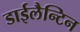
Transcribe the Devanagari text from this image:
डाईलैन्टिन